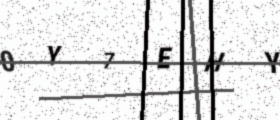
Text: 0Y7EHY